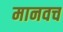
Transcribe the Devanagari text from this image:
मानवच